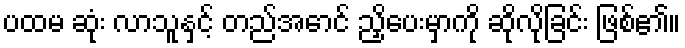
ပထမ ဆုံး လာသူနှင့် တည်အောင် ညှိပေးမှာကို ဆိုလိုခြင်း ဖြစ်၏။